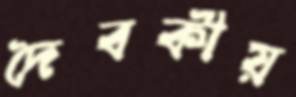
দৈবকীয়